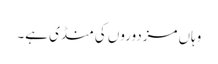
وہاں مزدوروں کی منڈی ہے۔